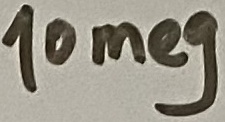
Text: 10meg